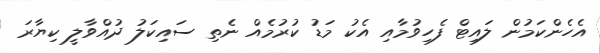
އެހެންކަމުން ލައިޓް ފެހިވުމާއި އެކު މަޑު ކުރުމެއް ނެތި ސައިކަލު ދުއްވާލީ ކިޔާރަ